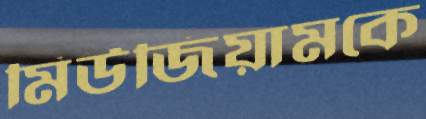
মিউজিয়ামকে